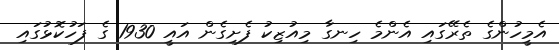
އެމީހުންގެ ތެރޭގައި އެންމެ ހިނގާ މިއުޒިކު ފެށިގެން އައީ 1930 ގެ ފަހުކޮޅުގައި